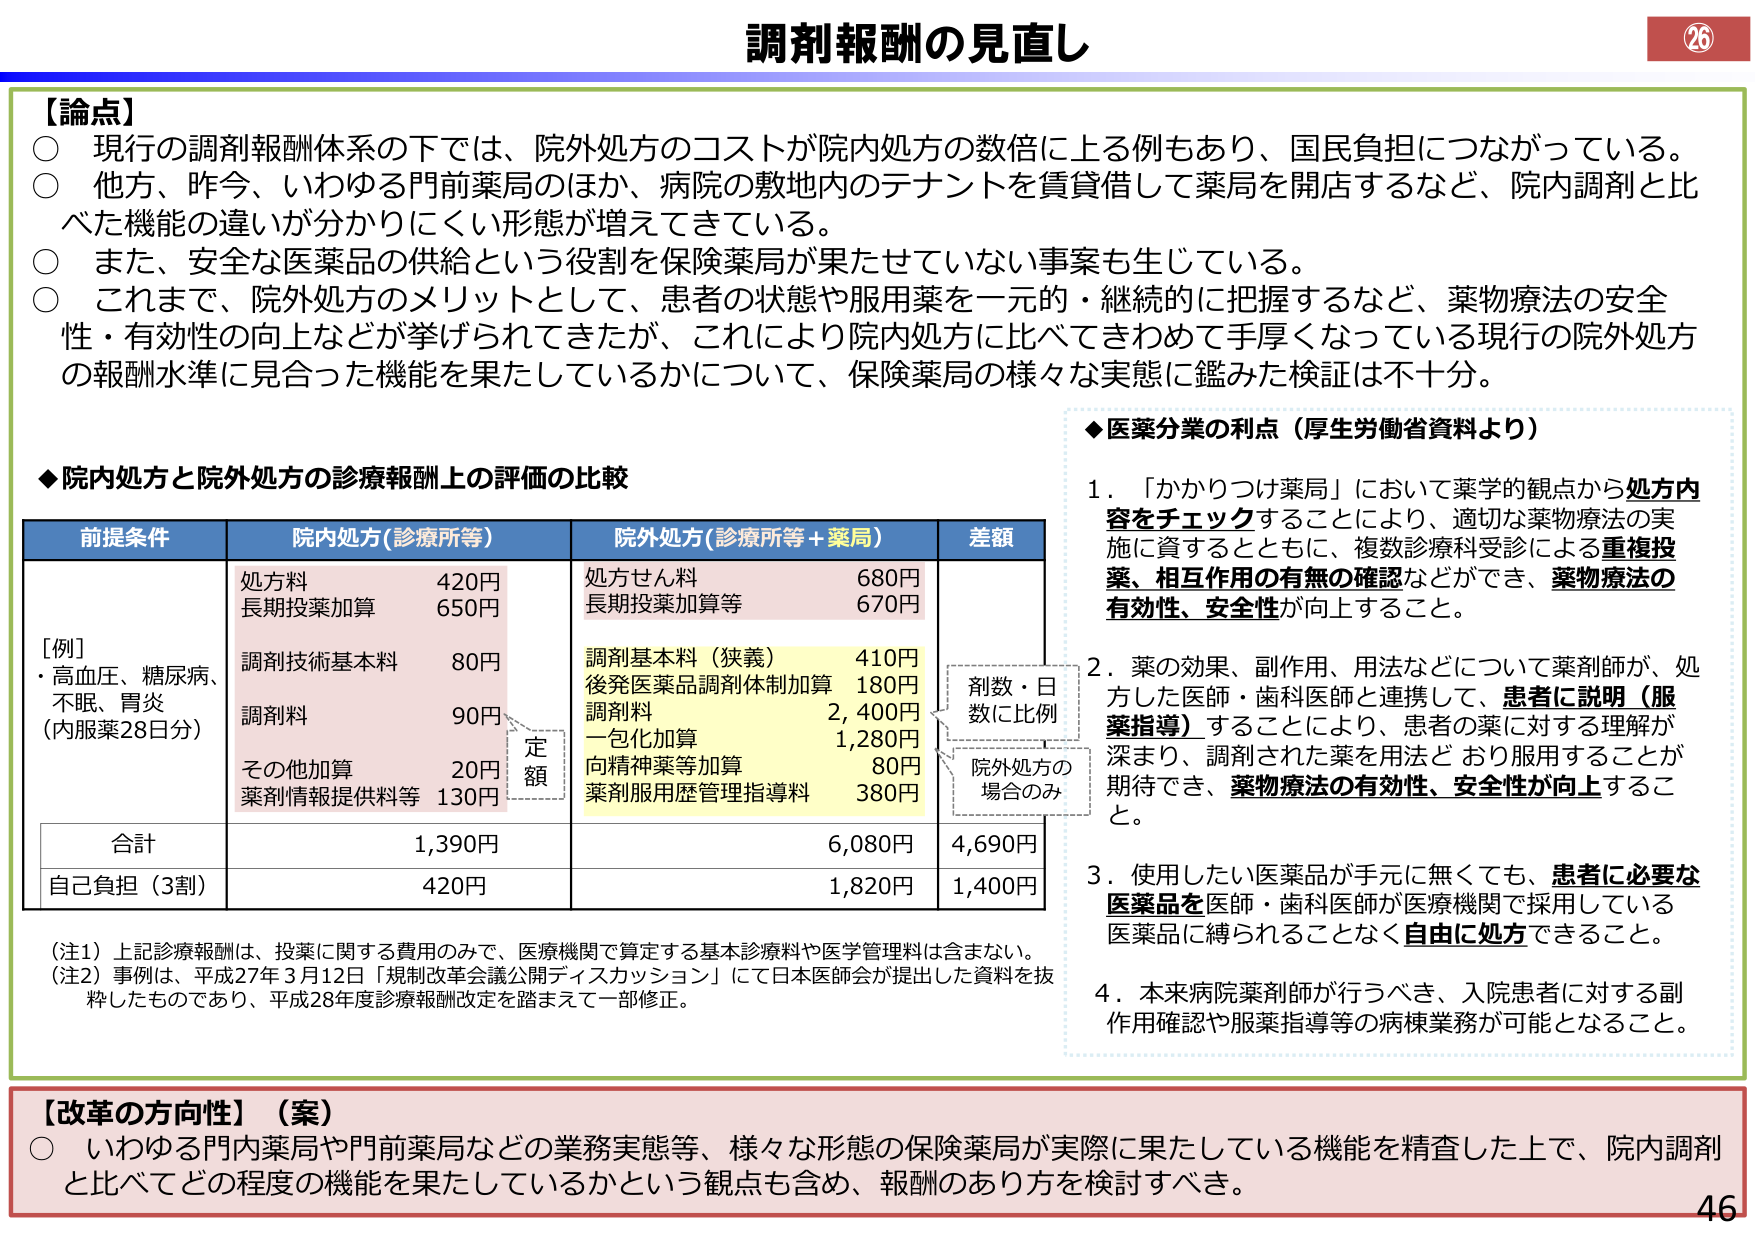
調剤報酬の見直し

【論点】
○ 現行の調剤報酬体系の下では、院外処方のコストが院内処方の数倍に上る例もあり、国民負担につながっている。
○ 他方、昨今、いわゆる門前薬局のほか、病院の敷地内のテナントを賃貸借して薬局を開店するなど、院内調剤と比べた機能の違いが分かりにくい形態が増えてきている。
○ また、安全な医薬品の供給という役割を保険薬局が果たせていない事案も生じている。
○ これまで、院外処方のメリットとして、患者の状態や服用薬を一元的・継続的に把握するなど、薬物療法の安全性・有効性の向上などが挙げられてきたが、これにより院内処方に比べてきわめて手厚くなっている現行の院外処方の報酬水準に見合った機能を果たしているかについて、保険薬局の様々な実態に鑑みた検証は不十分。

◆院内処方と院外処方の診療報酬上の評価の比較

前提条件　　　　　　　院内処方（診療所等）　　　　　院外処方（診療所等＋薬局）　　　差額
[例]